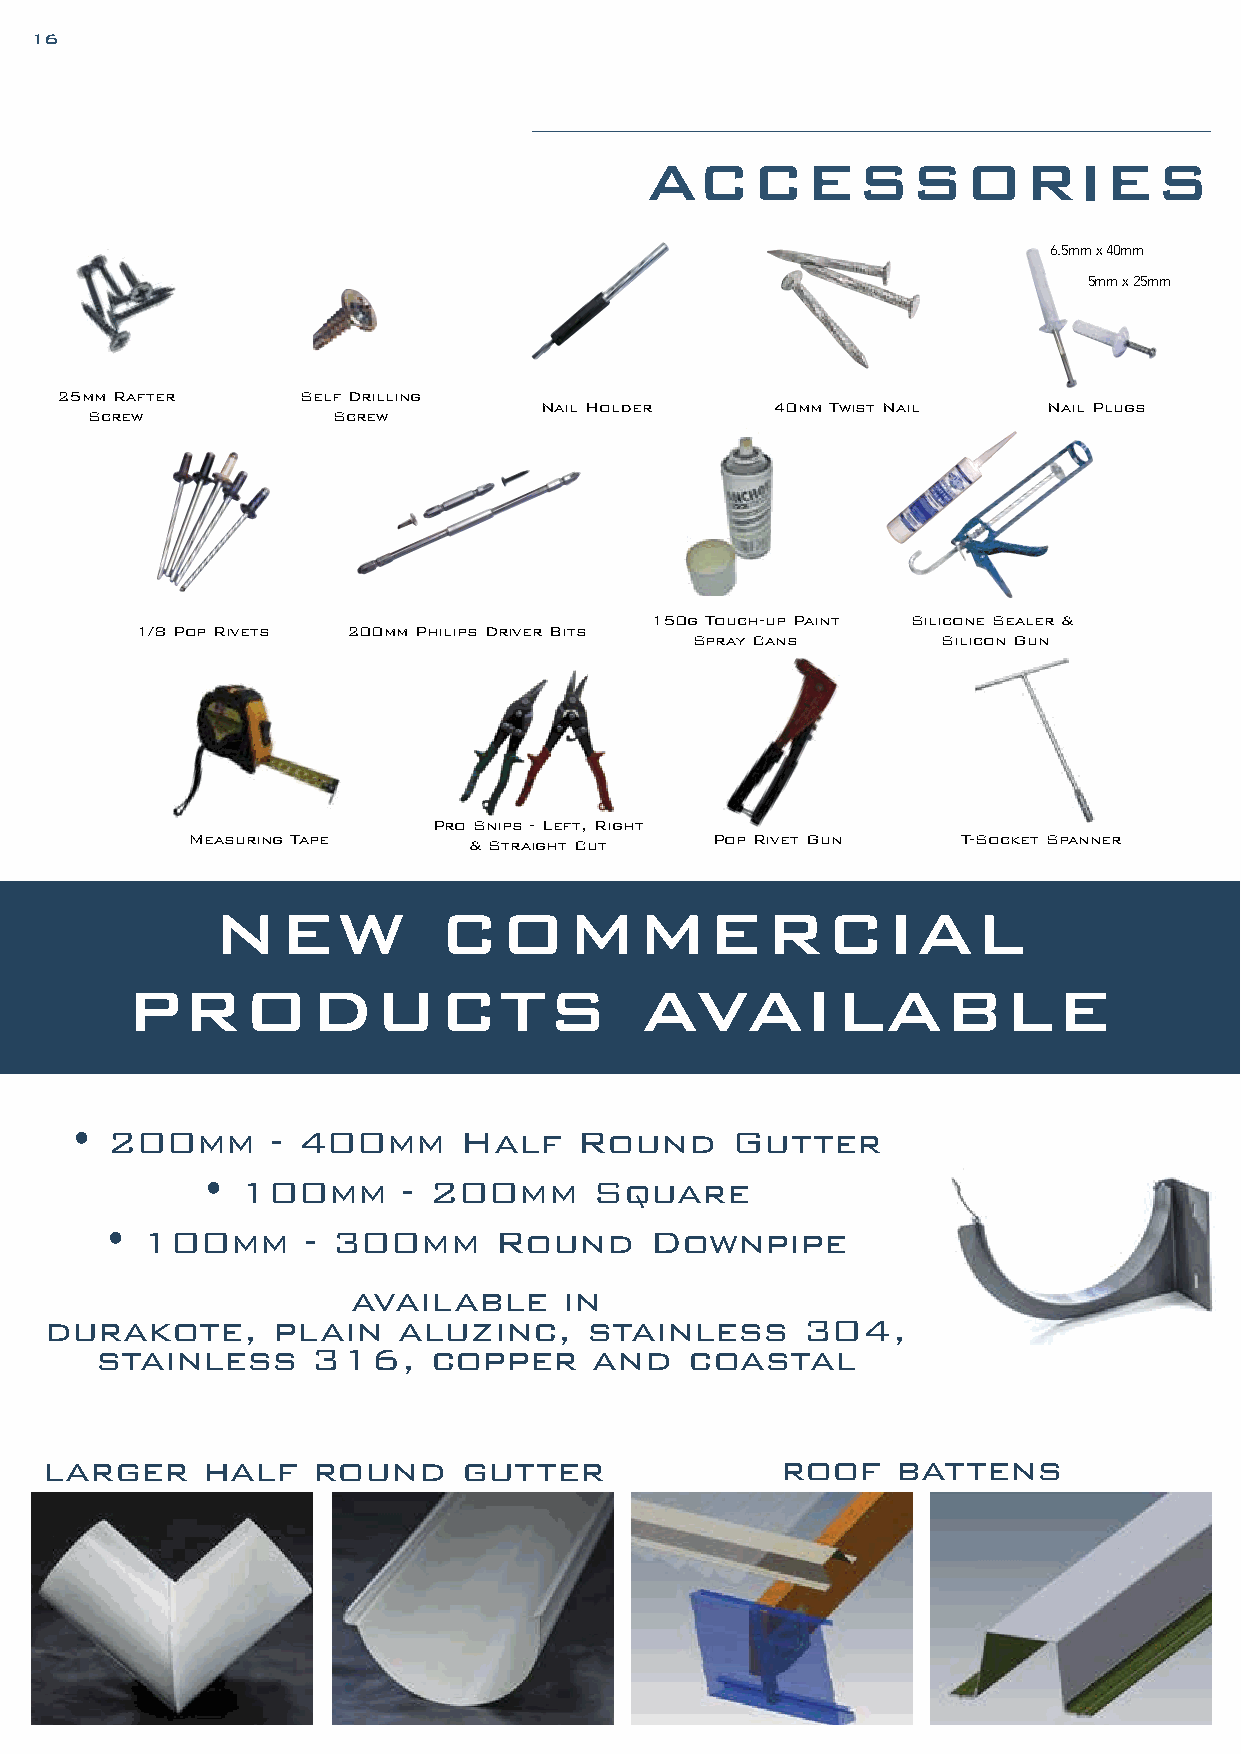
16
 ACCESSORIES
 6.5mm x 40mm
 5mm x 25mm
 25mm Rafter     Self Drilling
 Nail Holder    40mm Twist Nail   Nail Plugs
 Screw           Screw
 150g Touch-up Paint Silicone Sealer &
 1/8 Pop Rivets 200mm Philips Driver Bits
 Spray Cans      Silicon Gun
 Pro Snips - Left, Right
 Measuring Tape    & Straight Cut  Pop Rivet Gun    T-Socket Spanner
 NEW            COMMERCIAL
 PRODUCTS                          AVAILABLE
 • 200mm      - 400mm      Half   Round     Gutter
 •  100mm      - 200mm     Square
 • 100mm      - 300mm      Round     Downpipe
 available     in
 durakote,      plain   aluzinc,     stainless     304,
 stainless      316,    copper    and    coastal
 larger    half    round     gutter               roof   battens